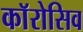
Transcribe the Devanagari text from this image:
काॅरोसिव